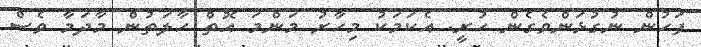
ފަހުން ނުގުޅަންވެގެން ހުރީ. އެކަމަކު މިހާރު މަންމަ އޮތް ހާލަތުން މާދަމާ ވެސް